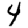
Digit: 4